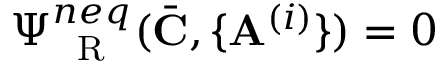
\Psi _ { \mathrm { ~ \tiny ~ R ~ } } ^ { n e q } ( \bar { \mathbf { C } } , \{ \mathbf { A } ^ { ( i ) } \} ) = 0